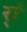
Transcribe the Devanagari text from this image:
र्‍ां